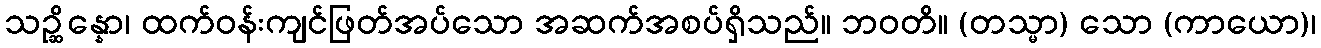
သဉ္ဆိန္နော၊ ထက်ဝန်းကျင်ဖြတ်အပ်သော အဆက်အစပ်ရှိသည်။ ဘဝတိ။ (တသ္မာ) သော (ကာယော)၊